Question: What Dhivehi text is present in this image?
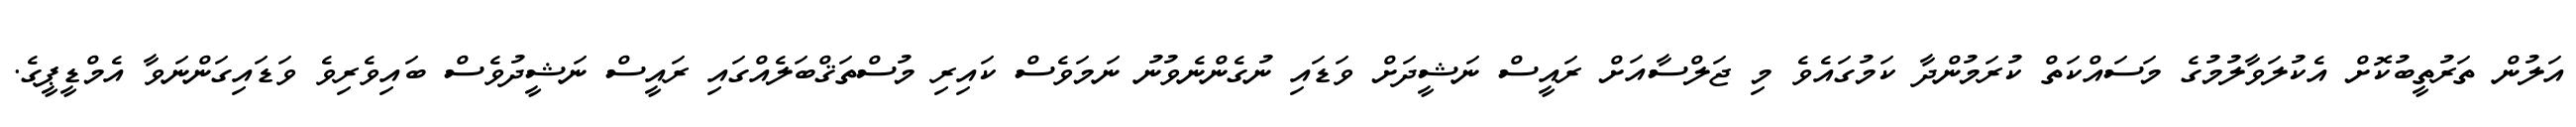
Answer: އަލުން ތަރުތީބުކޮށް އެކުލަވާލުމުގެ މަސައްކަތް ކުރަމުންދާ ކަމުގައެވެ މި ޖަލްސާއަށް ރައީސް ނަޝީދަށް ވަޑައި ނުގެންނެވުނު ނަމަވެސް ކައިރި މުސްތަޤްބަލެއްގައި ރައީސް ނަޝީދުވެސް ބައިވެރިވެ ވަޑައިގަންނަވާ އެމްޑީޕީގެ.